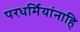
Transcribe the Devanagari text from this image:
परधर्मियांनाहि